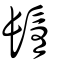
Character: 鬌